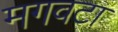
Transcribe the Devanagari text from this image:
मगवटा